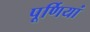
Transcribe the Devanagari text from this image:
पूर्णियां